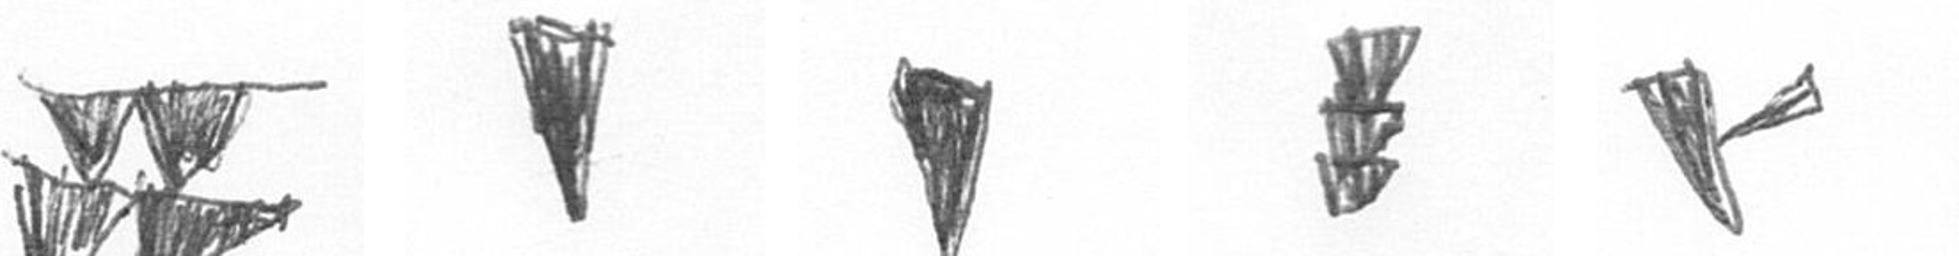
B J J E F